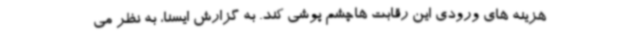
هزینه های ورودی این رقابت هاچشم پوشی کند. به گزارش ایسنا، به نظر می